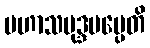
မဟာသမုဒ္ဒမပ္ပေတိ